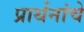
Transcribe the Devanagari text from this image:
प्रार्थनांचे